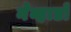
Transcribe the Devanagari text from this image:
नेव्हाडो